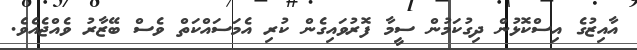
އާއިޒުގެ އިސްކޮޅުން ދިގުކަމުން ސީމާ ފޮރުވައިގެން ކުރި އެމަސައްކަތް ވެސް ބޭޒާރު ވެއްޖެއެވެ.